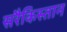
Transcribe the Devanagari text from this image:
सरैकिस्तान